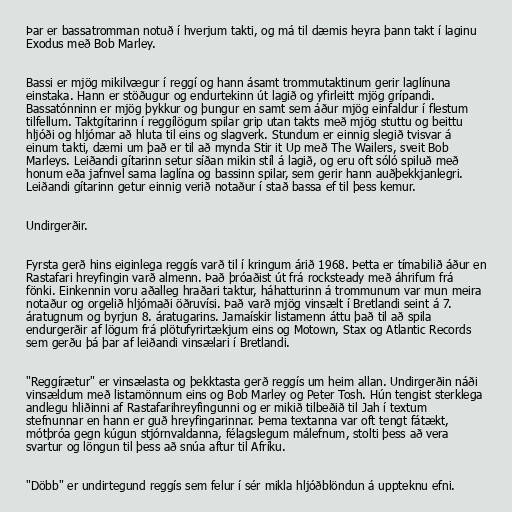
Þar er bassatromman notuð í hverjum takti, og má til dæmis heyra þann takt í laginu
Exodus með Bob Marley.

Bassi er mjög mikilvægur í reggí og hann ásamt trommutaktinum gerir laglínuna
einstaka. Hann er stöðugur og endurtekinn út lagið og yfirleitt mjög grípandi.
Bassatónninn er mjög þykkur og þungur en samt sem áður mjög einfaldur í flestum
tilfellum. Taktgítarinn í reggílögum spilar grip utan takts með mjög stuttu og beittu
hljóði og hljómar að hluta til eins og slagverk. Stundum er einnig slegið tvisvar á
einum takti, dæmi um það er til að mynda Stir it Up með The Wailers, sveit Bob
Marleys. Leiðandi gítarinn setur síðan mikin stíl á lagið, og eru oft sóló spiluð með
honum eða jafnvel sama laglína og bassinn spilar, sem gerir hann auðþekkjanlegri.
Leiðandi gítarinn getur einnig verið notaður í stað bassa ef til þess kemur.

Undirgerðir.

Fyrsta gerð hins eiginlega reggís varð til í kringum árið 1968. Þetta er tímabilið áður en
Rastafari hreyfingin varð almenn. Það þróaðist út frá rocksteady með áhrifum frá
fönki. Einkennin voru aðalleg hraðari taktur, háhatturinn á trommunum var mun meira
notaður og orgelið hljómaði öðruvísi. Það varð mjög vinsælt í Bretlandi seint á 7.
áratugnum og byrjun 8. áratugarins. Jamaískir listamenn áttu það til að spila
endurgerðir af lögum frá plötufyrirtækjum eins og Motown, Stax og Atlantic Records
sem gerðu þá þar af leiðandi vinsælari í Bretlandi.

"Reggírætur" er vinsælasta og þekktasta gerð reggís um heim allan. Undirgerðin náði
vinsældum með listamönnum eins og Bob Marley og Peter Tosh. Hún tengist sterklega
andlegu hliðinni af Rastafarihreyfingunni og er mikið tilbeðið til Jah í textum
stefnunnar en hann er guð hreyfingarinnar. Þema textanna var oft tengt fátækt,
mótþróa gegn kúgun stjórnvaldanna, félagslegum málefnum, stolti þess að vera
svartur og löngun til þess að snúa aftur til Afríku.

"Döbb" er undirtegund reggís sem felur í sér mikla hljóðblöndun á uppteknu efni.